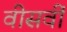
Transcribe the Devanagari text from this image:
वीसवीं